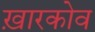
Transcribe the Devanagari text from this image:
ख़ारकोव